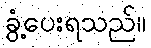
ခွံ့ပေးရသည်။